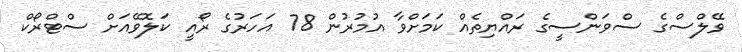
ވޭލްސްގެ ސްވަންސީގެ ރައްޔިތެއް ކަމަށްވާ އުމުރުން 78 އަހަރުގެ ރޯއީ ކަލޮވޭއަށް ސްޓްރޯކް